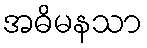
အဓိမနသာ